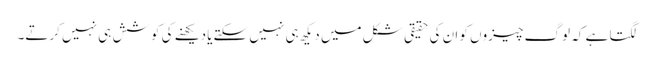
لگتا ہے کہ لوگ چیزوں کو ان کی حقیقی شکل میں دیکھ ہی نہیں سکتےیا دیکھنے کی کوشش ہی نہیں کرتے۔